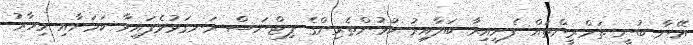
އޭނާ ބުނީ ތަމްރީންތައް ފެށިއިރާ ބަލާއިރު ކުޅުންތެރިންގެ ފިޓްނަސް ރަނގަޅުވެފައިވާ ކަމަށާއި މިހާރު